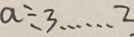
a \div 3 \cdots 2